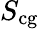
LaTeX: S_{\mathrm{cg}}